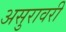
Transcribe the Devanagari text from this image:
असुरावरी